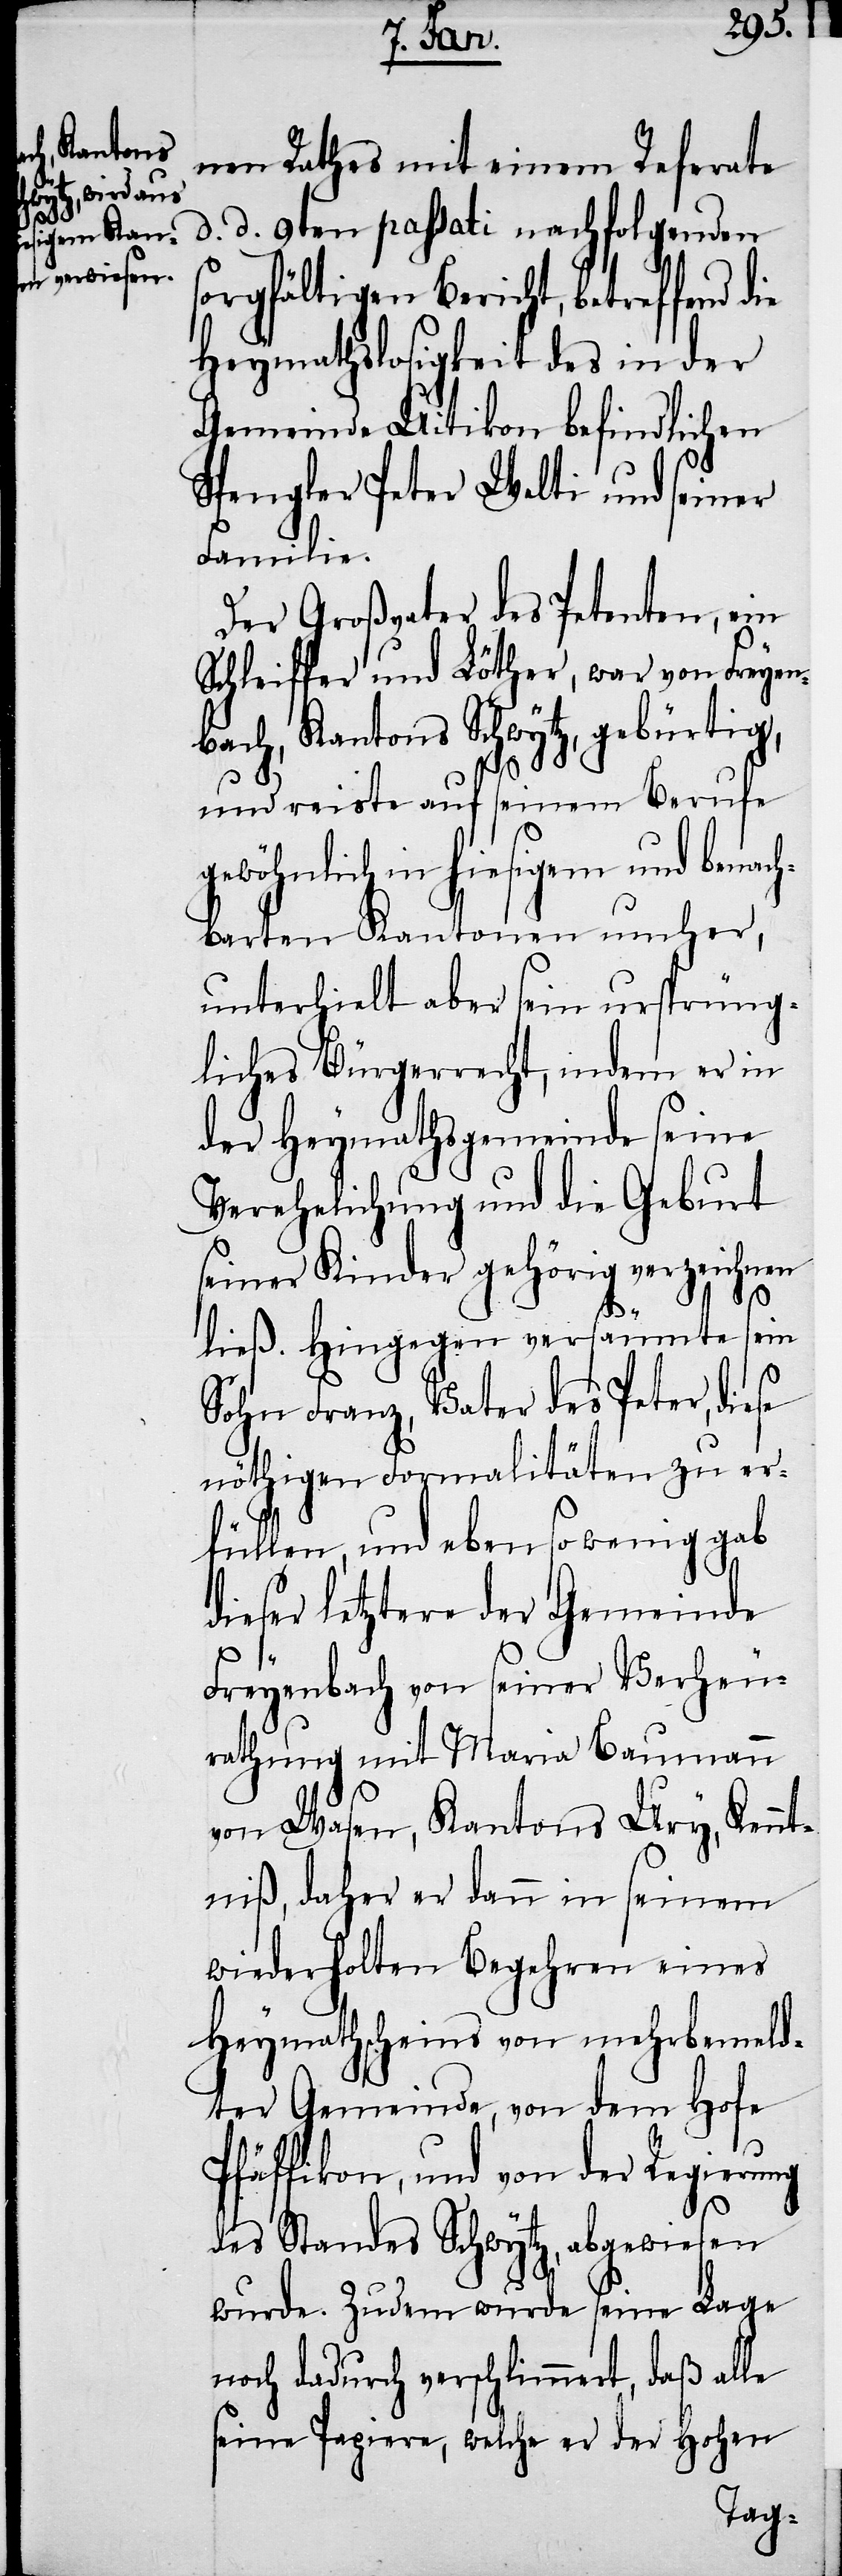
ge¬
nen Rathes mit einem Referate
d. d. 9ten passati nachfolgenden
sorgfältigen Bericht, betreffend
Heymathslosigkeit des in der
Gemeinde Uitikon befindlichen
Spengler Peter Welti und seiner
Familie.
Der Großvater des Petenten, ein
Schleiffer und Löther, war von Freyen¬
bach, Kantons Schwytz, gebürtig,
und reiste auf seinem Berufe
wöhnlich in hiesigem und benac¬
hbarten Kantonen umher,
unterhielt aber sein ursprüng¬
liches Bürgerrecht, indem er in
der Heymathsgemeinde seine
Verehelichung und die Geburt
seiner Kinder gehörig verzeichnen
ließ. Hingegen versäumte sein
Sohn Franz, Vater des Peter, diese
nöthigen Formalitäten, zu er¬
füllen, und eben so wenig gab
dieser letztere der Gemeinde
Freyenbach von seiner Verheu¬
rathung mit Maria Baumann
von Wasen, Kantons Ury, Kennt¬
niß, daher er dann in seinem
wiederholten Begehren eines
Heymathscheins von mehrbemeld¬
ter Gemeinde, von dem Hofe
Pfäffikon, und von der Regierung
des Standes Schwytz, abgewiesen
wurde. Zudem wurde seine Lage
noch dadurch verschlimmert, daß alle
seine Papiere, welche er der Hohen